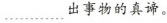
﹍﹍出事物的真谛。